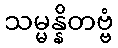
သမ္မန္နိတဗ္ဗံ